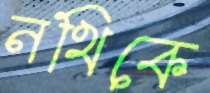
নথিকে